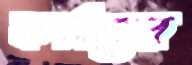
কর্মাসের